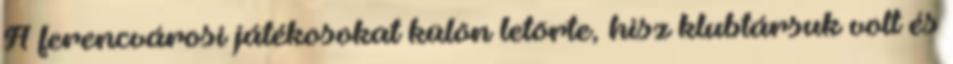
A ferencvárosi játékosokat külön letörte, hisz klubtársuk volt és